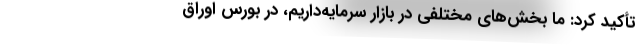
تأکید کرد: ما بخش‌های مختلفی در بازار سرمایه‌داریم، در بورس اوراق